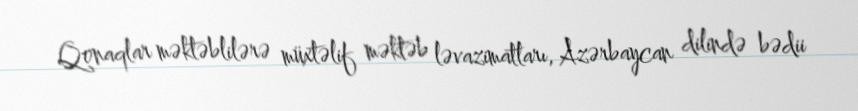
Qonaqlar məktəblilərə müxtəlif məktəb ləvazimatları, Azərbaycan dilində bədii